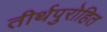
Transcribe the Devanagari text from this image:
तीर्थपुरोहित